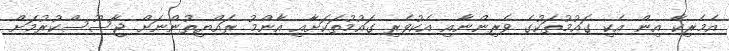
އެމެރިކާ އިން އެކި ގައުމުތަކުގެ ވެރިންނާއި އެކުވެރި ގައުމުތަކަށާއި އާންމު ރައްޔިތުންނަށް ޖާސޫސްކުރުމަށް